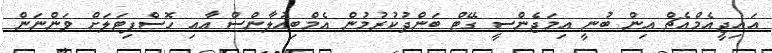
އައިޖީއެމްއެޗް އިން ބުނީ އިމަޖެންސީ ގޭޓް ބަންދުކުރުމުން އެމްބިއުލާންސް އާއި ހޮސްޕިޓަލަށް ވަންނަން